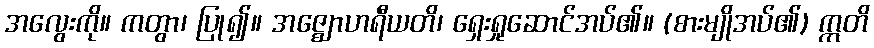
အလွေးကို။ ကတွာ၊ ပြု၍။ အဇ္ဈောဟရီယတိ၊ ရှေးရှုဆောင်အပ်၏။ (စားမျိုအပ်၏) ဣတိ